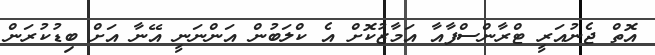
އޮތް ޖެނުއަރީ ޓްރާންސްފާއާ އަމާޒުކޮށް އެ ކްލަބުން އަންނަނީ އޭނާ އަށް ބިޑުކުރަން